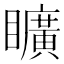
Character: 矌